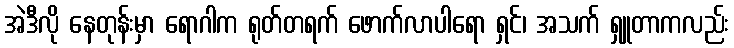
အဲဒီလို နေတုန်းမှာ ရောဂါက ရုတ်တရက် ဖောက်လာပါရော ရှင်၊ အသက် ရှူတာကလည်း